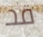
قد